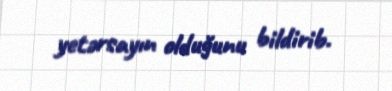
yetərsayın olduğunu bildirib.